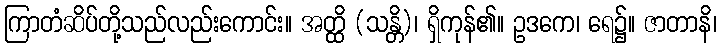
ကြာတံဆိပ်တို့သည်လည်းကောင်း။ အတ္ထိ (သန္တိ)၊ ရှိကုန်၏။ ဥဒကေ၊ ရေ၌။ ဇာတာနိ၊